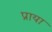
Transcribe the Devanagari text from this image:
प्राया